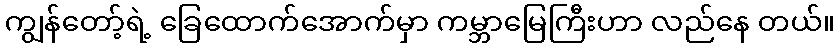
ကျွန်တော့်ရဲ့ ခြေထောက်အောက်မှာ ကမ္ဘာမြေကြီးဟာ လည်နေ တယ်။